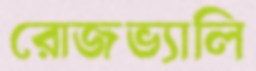
রোজভ্যালি